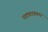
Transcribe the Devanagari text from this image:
नाट्यपत्रकार